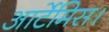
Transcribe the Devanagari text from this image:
आर्टेमिस।